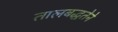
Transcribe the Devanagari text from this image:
तालबद्धतेने